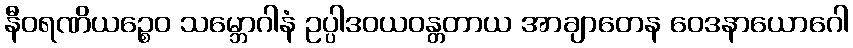
နီဝရဏိယဉ္စေဝ သမ္ဘောဂါနံ ဥပ္ပါဒဝယဝန္တတာယ အာချာတေန ဝေဒနာယောဂေါ